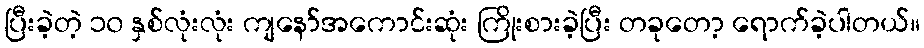
ပြီးခဲ့တဲ့ ၁၀ နှစ်လုံးလုံး ကျနော်အကောင်းဆုံး ကြိုးစားခဲ့ပြီး တခုတော့ ရောက်ခဲ့ပါတယ်။